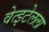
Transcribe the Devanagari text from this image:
वेत्झ्टेलला